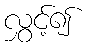
လွှင့်၍